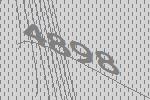
4898